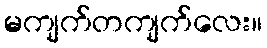
မကျက်တကျက်လေး။